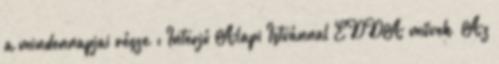
a mindennapjai része”: Interjú Alapi Istvánnal EDDA művek „Az